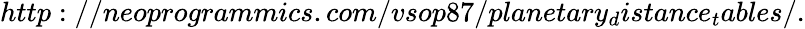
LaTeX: http://neoprogrammics.com/vsop87/planetary_{d}istance_{t}ables/.